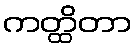
ကတ္ထိတာ